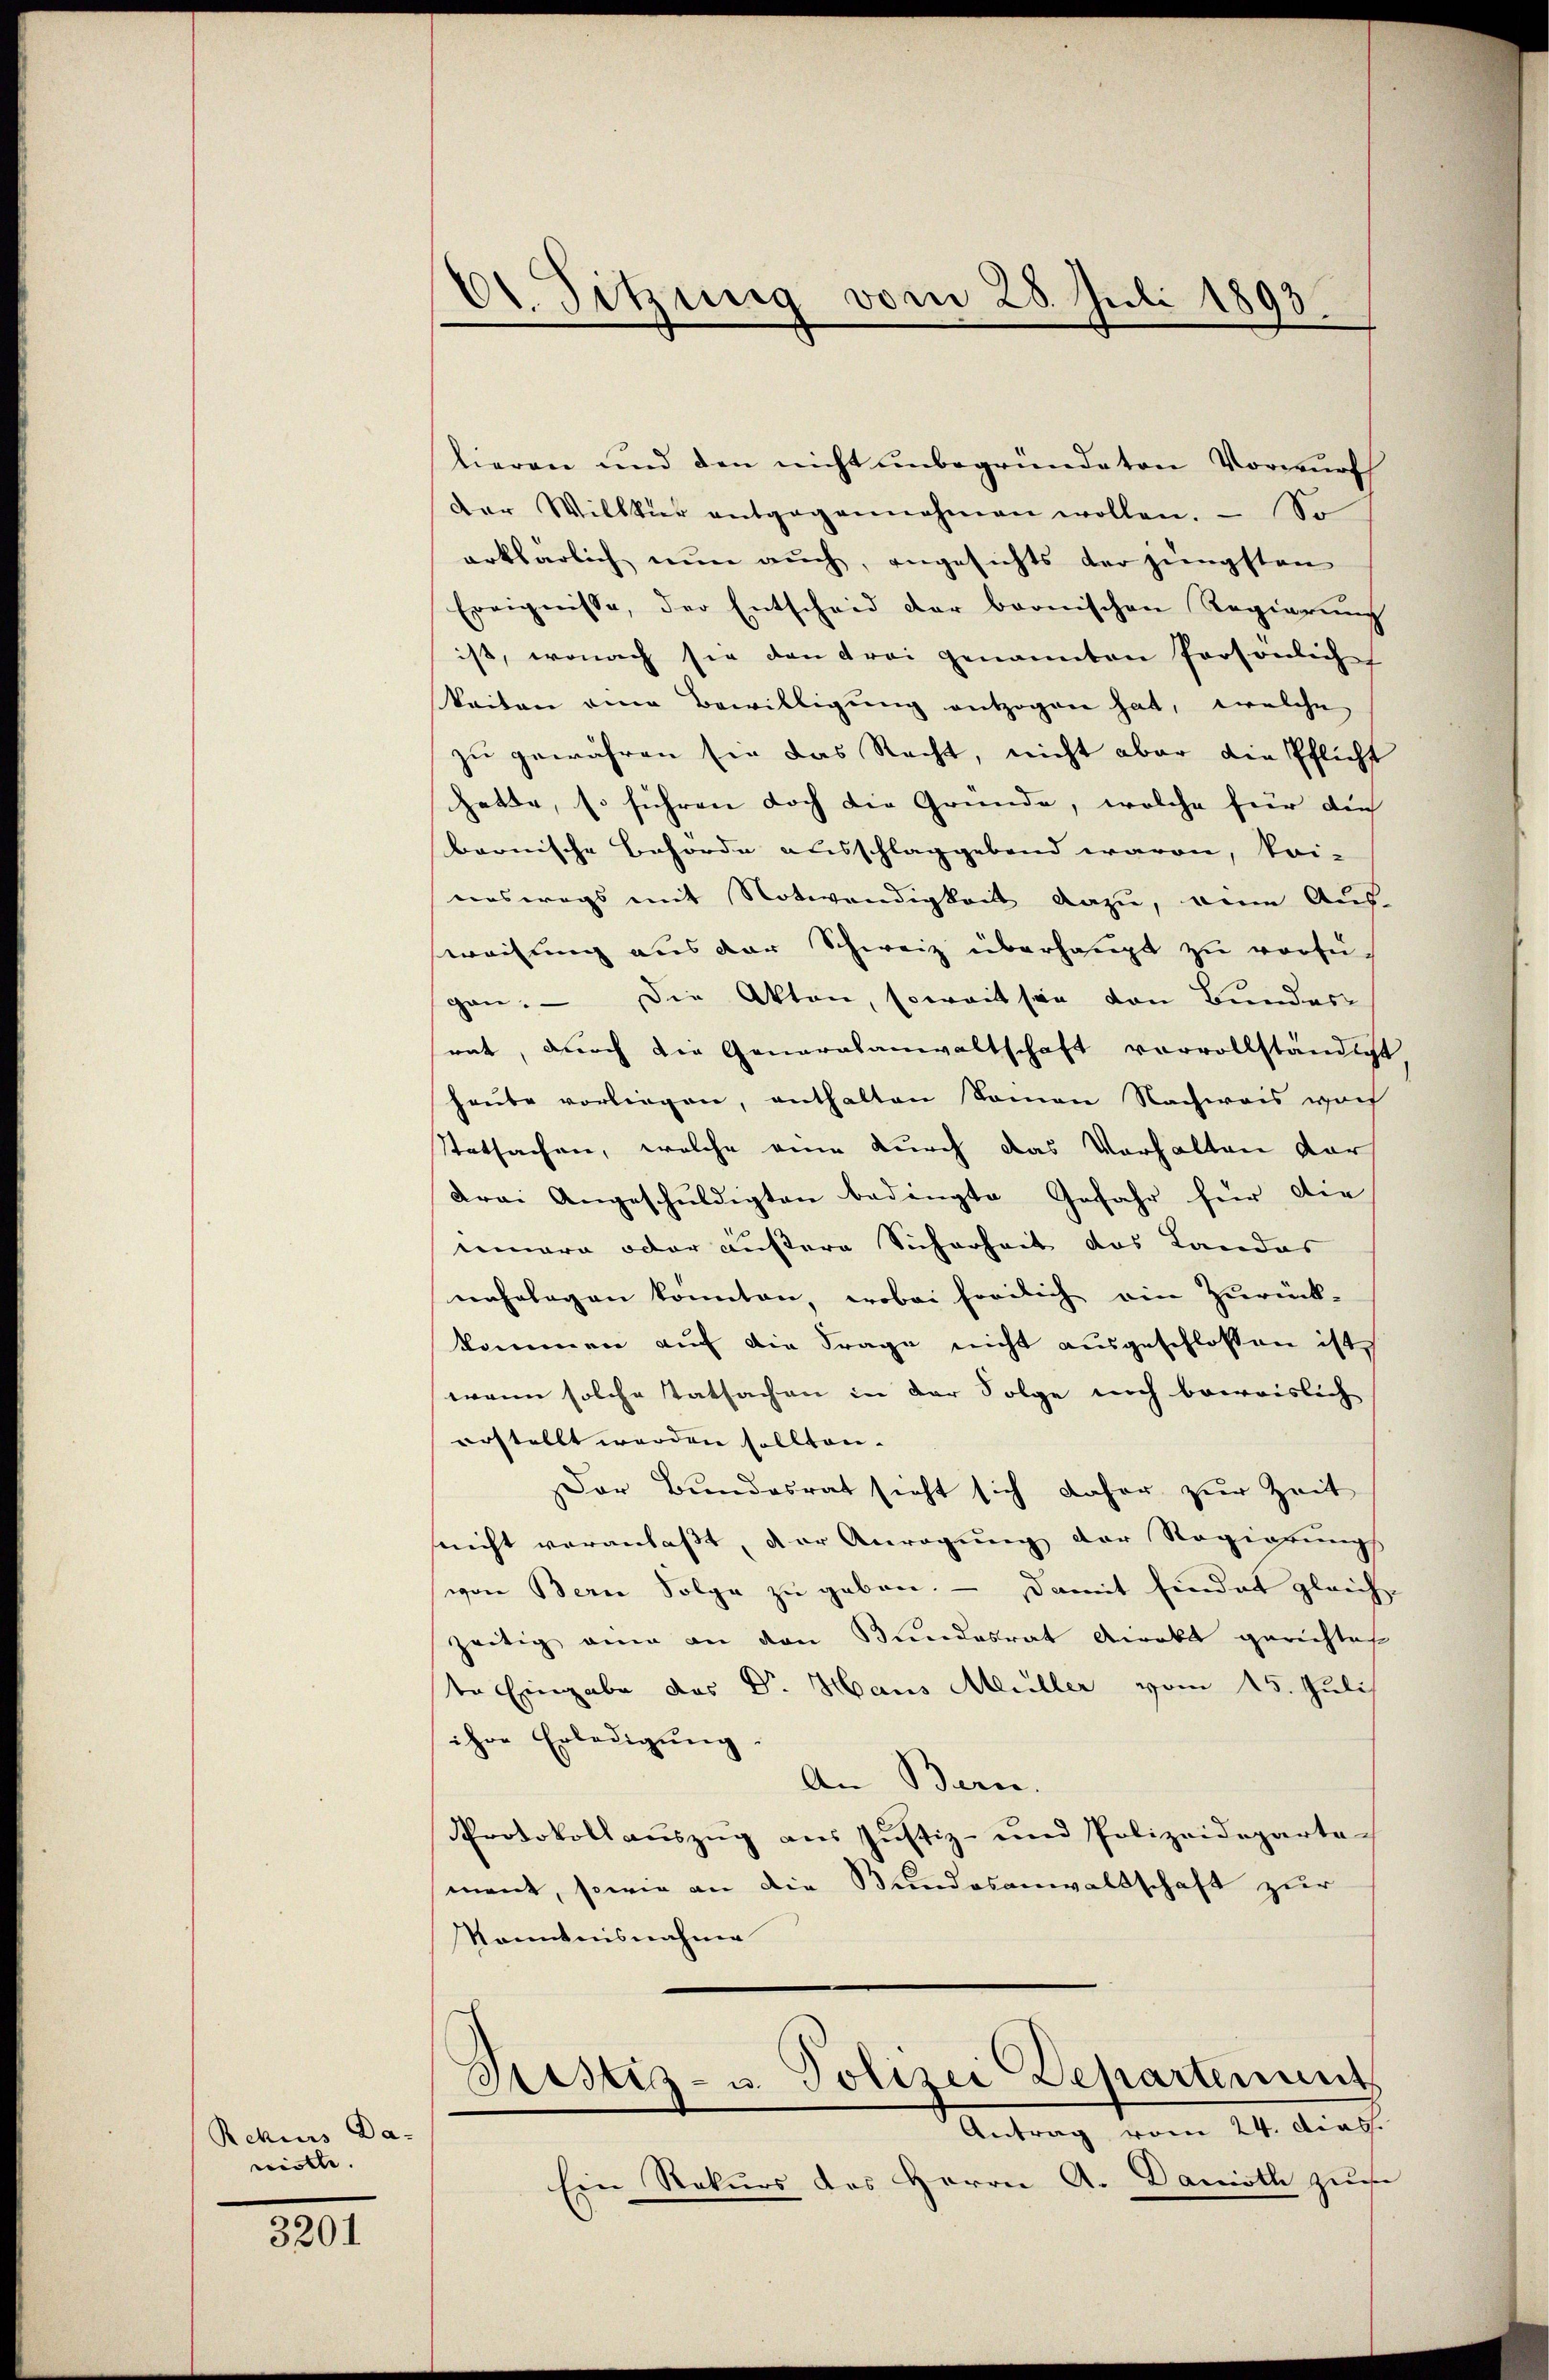
Rekurs Da-
wiette.

3201

61. Sitzung vom 28. Juli 1893.

lieren und den nicht unbegründeten Vorwurf
Der Willkier entgegennahmen wollen. — So
erklärlich nun auch, angesichts der jüngsten
Ereignisse, der Entscheid der bronischen Regierŭng
ist, wonach sie den drei genannten Persönliche
keiten eine Bewilligung entzogen hat, welche
zu gewähren sie das Recht, nicht aber die Pflicht
hatte, so führen doch die Gründe, welche für die
bernische Behörde ausschlaggebend waren, kei-
enswegs mit Notwendigkeit dazu, eine Aus-
sweisung aus der Schweiz überhaupt zu vorfü-
gan. — Die Akten, soweit sie von Bunder
rat, durch die Generalanwaltschaft vorvollständigt
haute vorliegen, enthalten komen Nachweis warf
Statsachen, welche eine durch das Verhalten dar
Frei Angeschuldigten bedingte Gefahr für die
meinere oder äußere Sicherheit das Landas
nahelegen konnten, wobei freilich ein Zurück-
kommen auf die Frage nicht ausgeschlossen ist,
wenn solche Tatsachen in der Folge noch beweislich
erstellt werden sollten.
Der Bundesrat sieht sich daher zur Zeit
seicht veranlaßt, der Anregung der Regierungs
von Berne Folge zu geben. — Damit findet gleich
zeitig an an den Bundesrat Arakt gerichtet
ste Eingabe des Dr. Haus Müller vom 15. Juli
ihre Erledigung
An Bern.
Protokollauszug aus Justiz- und Polizeidepartemant, sowie an die Bundesanwaltschaft zur
Kenntnisnahme
Rustiz- u. Polizei Departenunt
Antrag vom 24. dies.
Ein Rekurs des Herrn A. Danoth zu